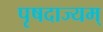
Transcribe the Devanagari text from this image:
पृषदाज्यम्